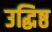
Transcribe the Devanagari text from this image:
उद्धिष्ठ